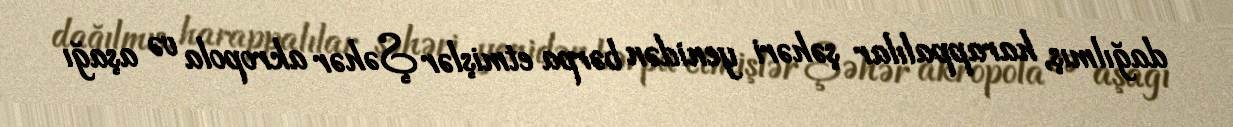
dağılmış, harappalılar şəhəri yenidən bərpa etmişlər Şəhər akropola və aşağı